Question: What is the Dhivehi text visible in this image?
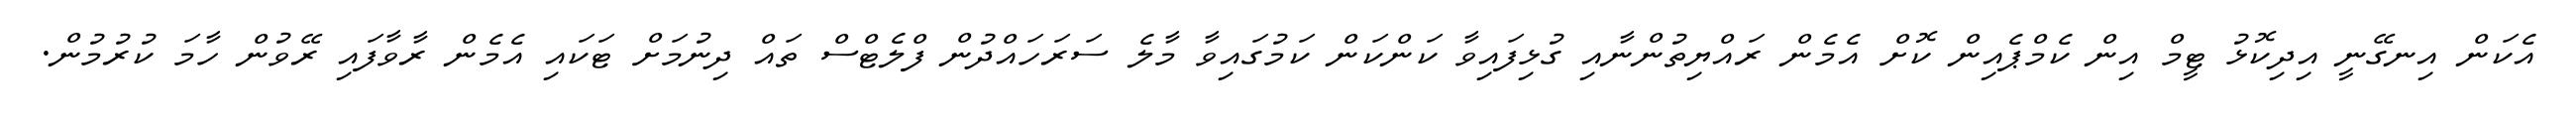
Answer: އެކަން އިނގޭނީ އިދިކޮޅު ޓީމް އިން ކެމްޕެއިން ކޮށް އެމެން ރައްޔިތުންނާއި ގުޅިފައިވާ ކަންކަން ކަމުގައިވާ މާލެ ސަރަހައްދުން ފްލެޓްސް ތައް ދިނުމަށް ޓަކައި އެމެން ރާވާފައި ރޭވުން ހާމަ ކުރުމުން.